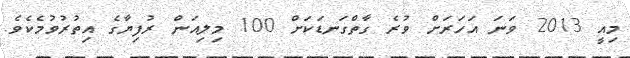
މިއީ 2013 ވަަނަ އަހަރަށް ވުރެ ގާތްގަނޑަކަށް 100 މިލިއަން ރުފިޔާގެ އިތުރުވުމެކެވެ.